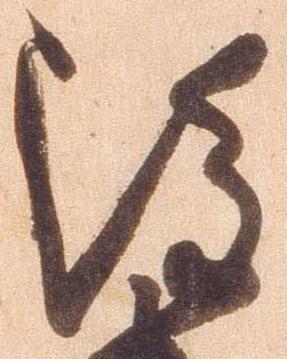
雖